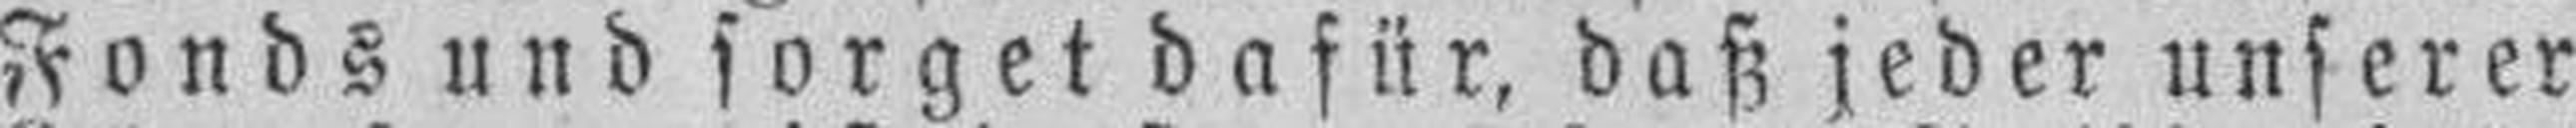
Fonds und sorget dafür, daß jeder unserer